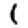
Digit: 1